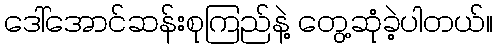
ဒေါ်အောင်ဆန်းစုကြည်နဲ့ တွေ့ဆုံခဲ့ပါတယ်။